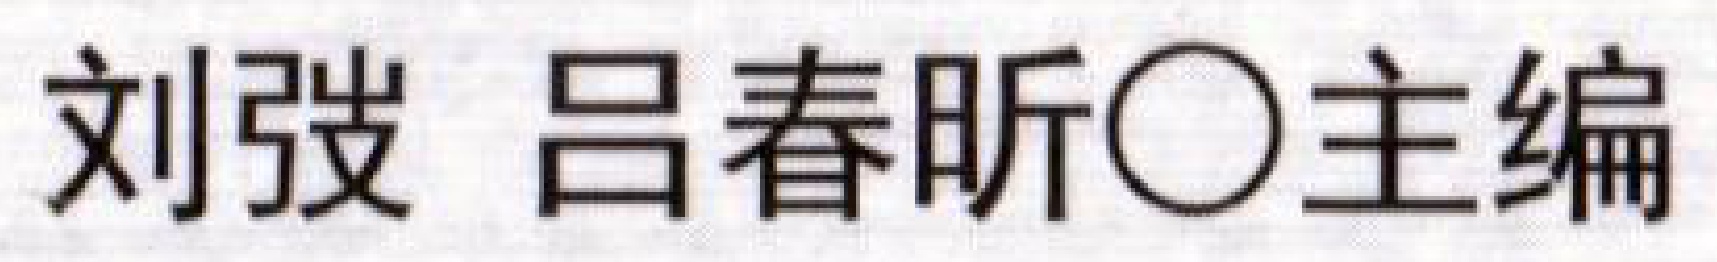
刘弢 吕春昕\(\bigcirc\)主编